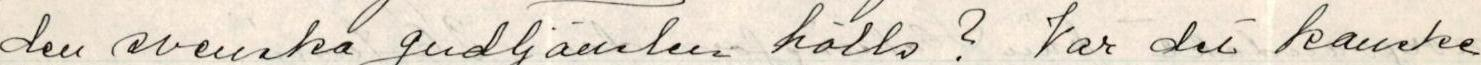
den svenska gudtjänsten hölls? Var det kanske